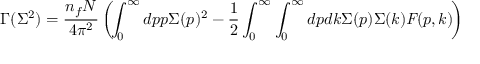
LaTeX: \Gamma ( \Sigma ^ { 2 } ) = \frac { { n _ { f } } N } { 4 \pi ^ { 2 } } \left( \! \int _ { 0 } ^ { \infty } d p p \Sigma ( p ) ^ { 2 } - \frac { 1 } { 2 } \int _ { 0 } ^ { \infty } \int _ { 0 } ^ { \infty } d p d k \Sigma ( p ) \Sigma ( k ) \mathit { F } ( p , k ) \! \right) { }